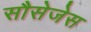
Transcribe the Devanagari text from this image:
सौसेजेस